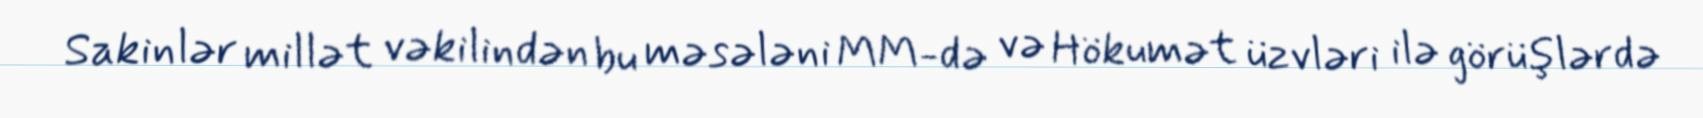
Sakinlər millət vəkilindən bu məsələni MM-də və Hökumət üzvləri ilə görüşlərdə